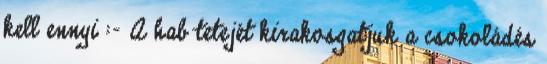
kell ennyi :- A hab tetejét kirakosgatjuk a csokoládés